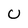
Character: U